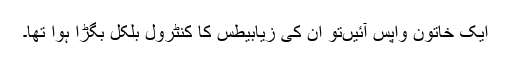
ایک خاتون واپس آئیں‌تو ان کی زیابیطس کا کنٹرول بلکل بگڑا ہوا تھا۔